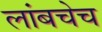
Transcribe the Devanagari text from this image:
लांबचेच